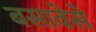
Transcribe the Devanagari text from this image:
बसावेसे